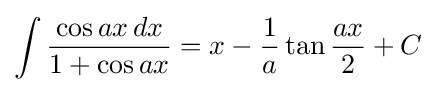
\int {\frac {\cos ax\,dx}{1+\cos ax}}=x-{\frac {1}{a}}\tan {\frac {ax}{2}}+C